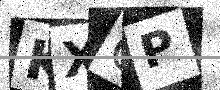
Text: KXCP